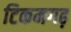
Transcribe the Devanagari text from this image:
टिकमगढ़